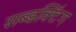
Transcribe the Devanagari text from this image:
सब्डक्टिंग